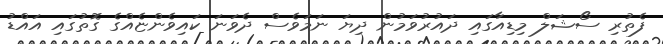
ފެތުރި ސޯޝަލް މިޑިއާގައި ދައުރުވަމުން ދިޔަ ނަމަވެސް ދެވަނަ ކައިވެންޏެއްގެ ގޮތުގައި އައްޑު